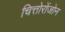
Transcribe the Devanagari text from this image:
चित्तोरोंजोन